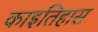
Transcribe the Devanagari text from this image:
काइतिहास